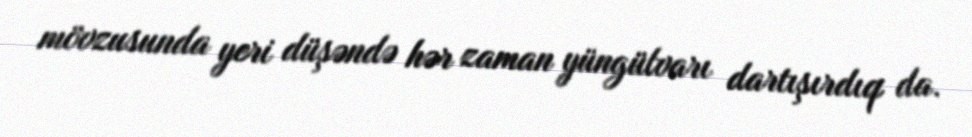
mövzusunda yeri düşəndə hər zaman yüngülvarı dartışırdıq da.